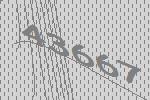
43667